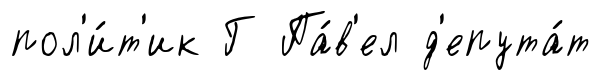
пол'и́т'ик Г Па́в'ел д'епута́т